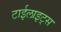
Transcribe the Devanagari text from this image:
टाईलाइट्स